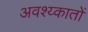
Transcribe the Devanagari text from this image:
अवश्य्कातों